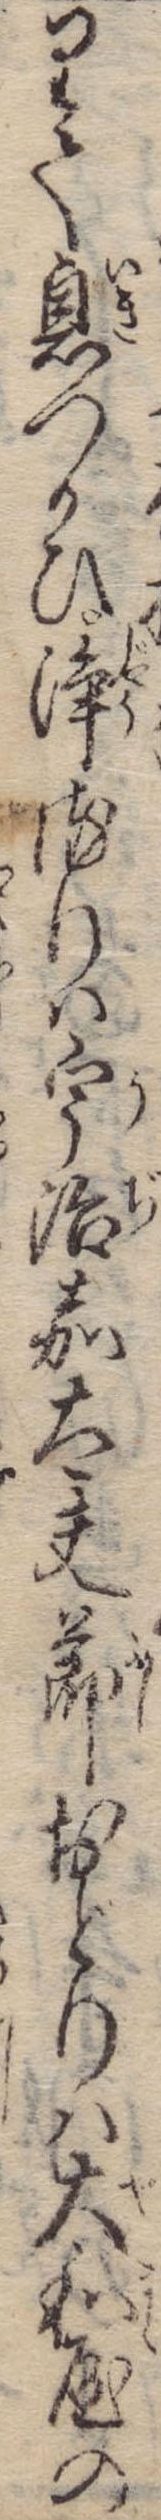
りて息つかひ浄るりは宇治嘉太夫節おどりは大和屋の